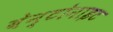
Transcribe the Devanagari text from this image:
बेन्टोनाइट